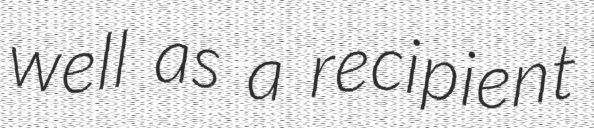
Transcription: well as a recipient